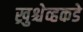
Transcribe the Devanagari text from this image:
ख्रुश्चेव्हकडे